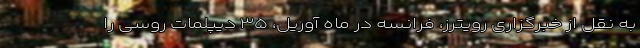
به نقل از خبرگزاری رویترز، فرانسه در ماه آوریل، ۳۵ دیپلمات روسی را